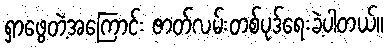
ရှာဖွေတဲ့အကြောင်း ဇာတ်လမ်းတစ်ပုဒ်ရေးခဲ့ပါတယ်။